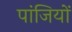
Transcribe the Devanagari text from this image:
पांजियों